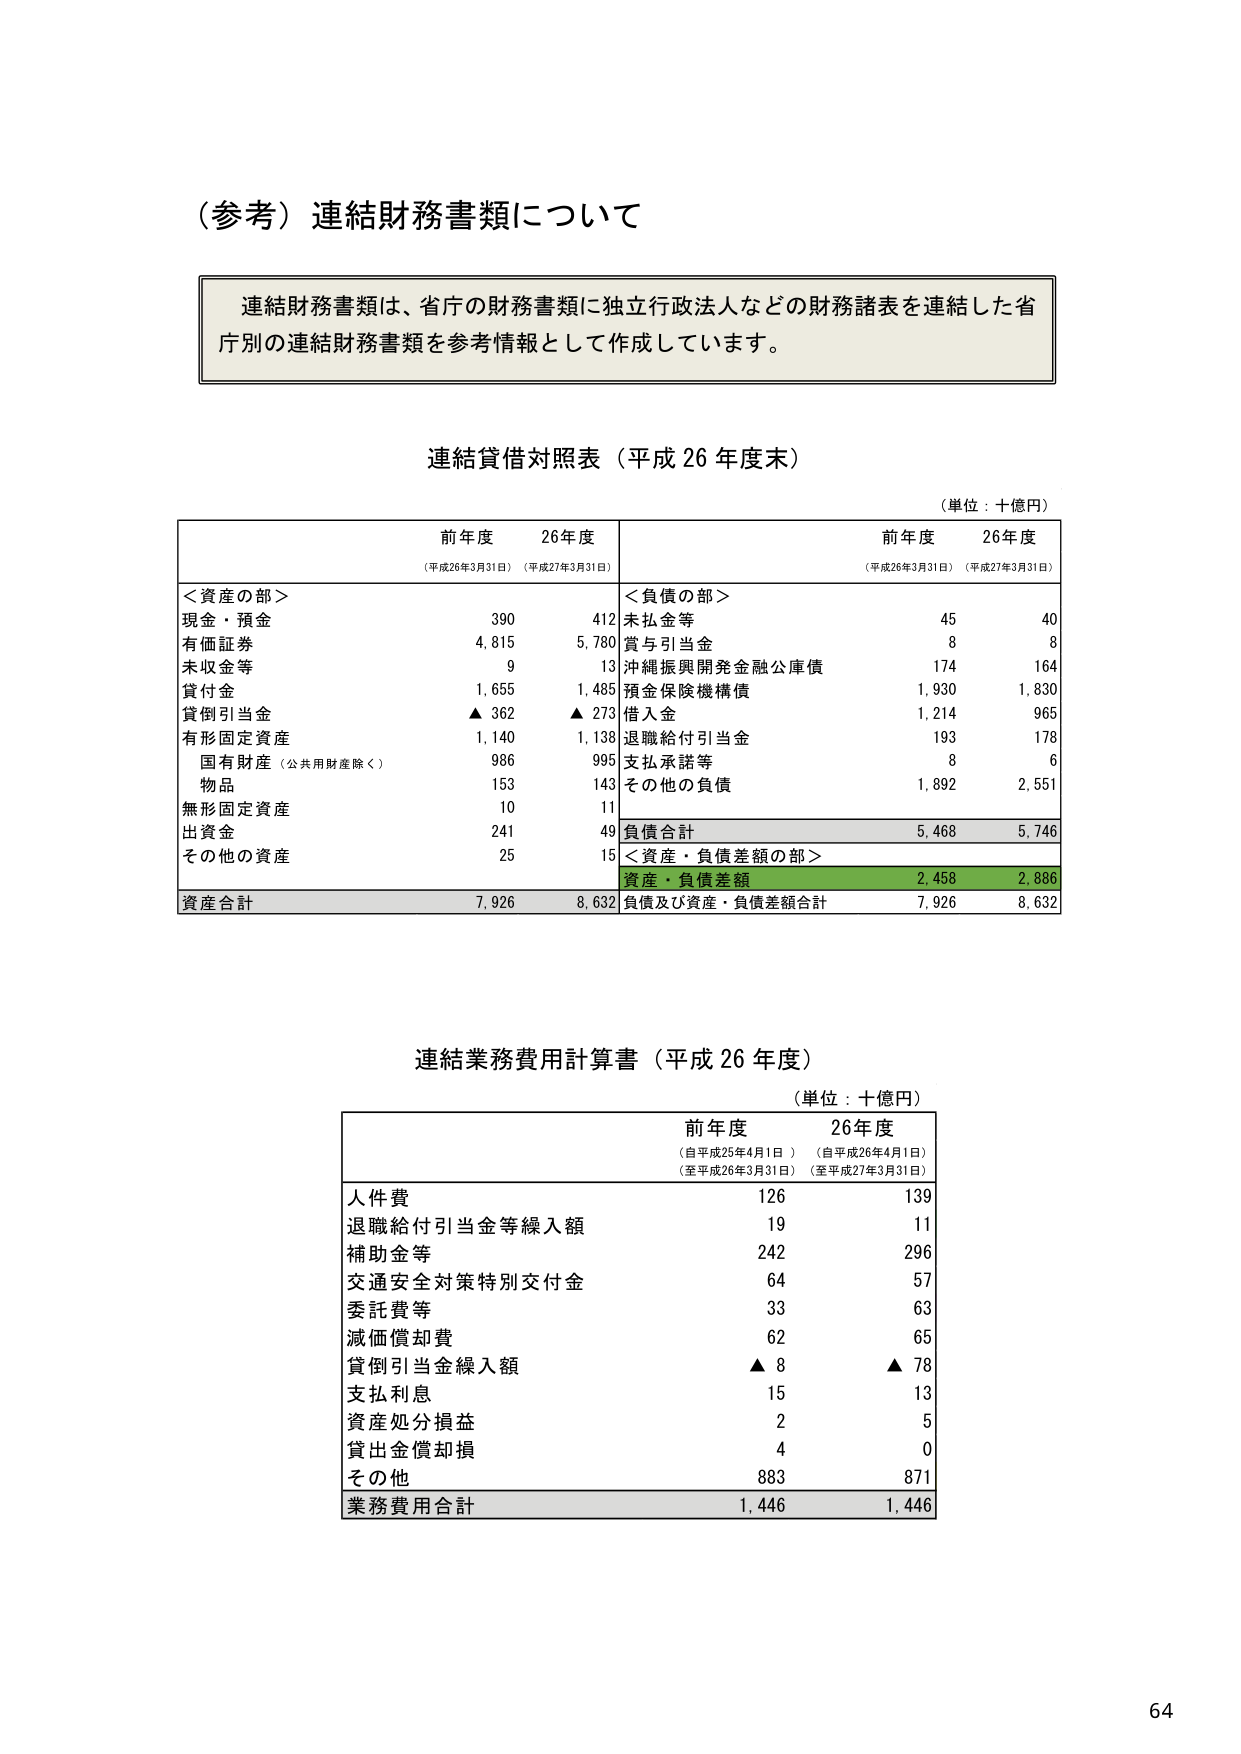
（参考）連結財務書類について

連結財務書類は、省庁の財務書類に独立行政法人などの財務諸表を連結した省庁別の連結財務書類を参考情報として作成しています。

連結貸借対照表（平成26年度末）
（単位：十億円）

前年度　　　26年度
（平成26年3月31日）（平成27年3月31日）

＜資産の部＞
現金・預金　　　　　　　　　390　　　412
有価証券　　　　　　　　　　4,815　　　5,780
未収金等　　　　　　　　　　　9　　　　13
貸付金　　　　　　　　　　1,655　　　1,485
貸倒引当金　　　　　　　　▲362　　　▲273
有形固定資産　　　　　　1,140　　　1,138
　国有財産（公共用財産除く）　986　　　995
　物品　　　　　　　　　　　153　　　143
無形固定資産　　　　　　　　10　　　　11
出資金　　　　　　　　　　241　　　　49
その他の資産　　　　　　　　25　　　　15
資産合計　　　　　　　　7,926　　　8,632

＜負債の部＞
未払金等　　　　　　　　　　45　　　　40
賞与引当金　　　　　　　　　8　　　　8
沖縄振興開発金融公庫債　　　174　　　164
預金保険機構債　　　　　1,930　　　1,830
借入金　　　　　　　　　1,214　　　965
退職給付引当金　　　　　　193　　　178
支払承諾等　　　　　　　　8　　　　6
その他の負債　　　　　　1,892　　　2,551
負債合計　　　　　　　　5,468　　　5,746

＜資産・負債差額の部＞
資産・負債差額　　　　　　2,458　　　2,886
負債及び資産・負債差額合計　7,926　　　8,632

連結業務費用計算書（平成26年度）
（単位：十億円）

前年度　　　26年度
（自平成25年4月1日）（自平成26年4月1日）
（至平成26年3月31日）（至平成27年3月31日）

人件費　　　　　　　　　　126　　　139
退職給付引当金等繰入額　　　19　　　11
補助金等　　　　　　　　　242　　　296
交通安全対策特別交付金　　　64　　　57
委託費等　　　　　　　　　33　　　63
減価償却費　　　　　　　　62　　　65
貸倒引当金繰入額　　　　▲8　　　▲78
支払利息　　　　　　　　　15　　　13
資産処分損益　　　　　　　2　　　5
貸出金償却損　　　　　　　4　　　0
その他　　　　　　　　　　883　　　871
業務費用合計　　　　　　1,446　　　1,446

64